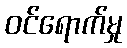
ဝင်ရောက်မှု